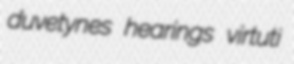
duvetynes hearings virtuti